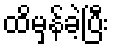
ထိမှန်ခဲ့ပြီး